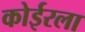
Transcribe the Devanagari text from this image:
कोईरला